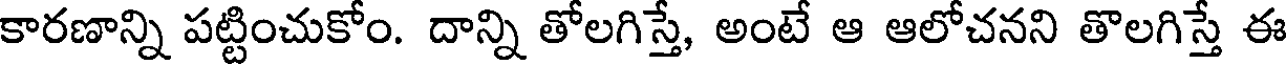
కారణాన్ని పట్టించుకోం. దాన్ని తోలగిస్తే, అంటే ఆ ఆలోచనని తొలగిస్తే ఈ